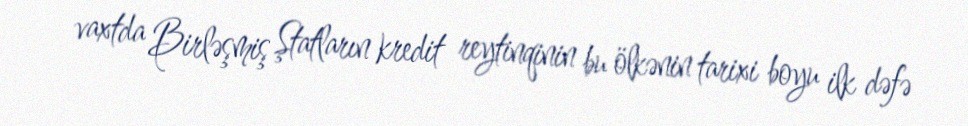
vaxtda Birləşmiş Ştatların kredit reytinqinin bu ölkənin tarixi boyu ilk dəfə